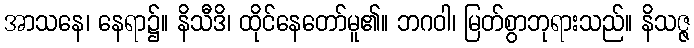
အာသနေ၊ နေရာ၌။ နိသီဒိ၊ ထိုင်နေတော်မူ၏။ ဘဂဝါ၊ မြတ်စွာဘုရားသည်။ နိသဇ္ဇ